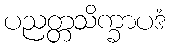
ပညတ္တသိက္ခာပဒံ